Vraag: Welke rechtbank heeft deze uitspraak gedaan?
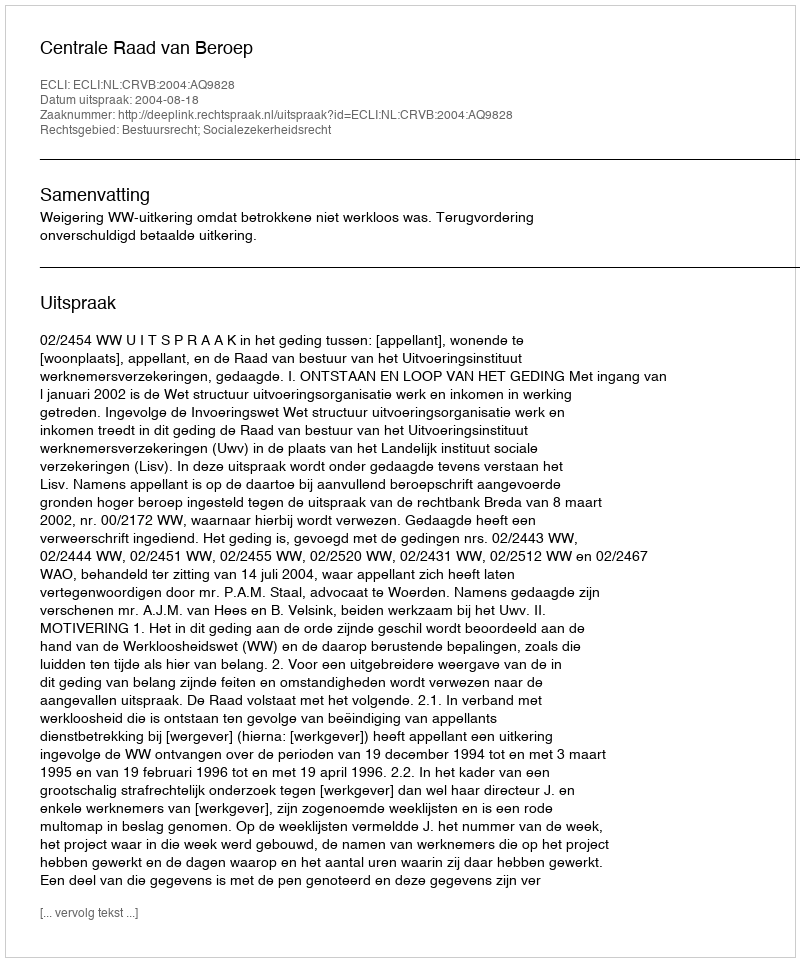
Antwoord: Centrale Raad van Beroep